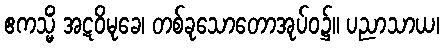
ဧကသ္မိံ အဋဝိမုခေ၊ တစ်ခုသောတောအုပ်ဝ၌။ ပညာသာယ၊